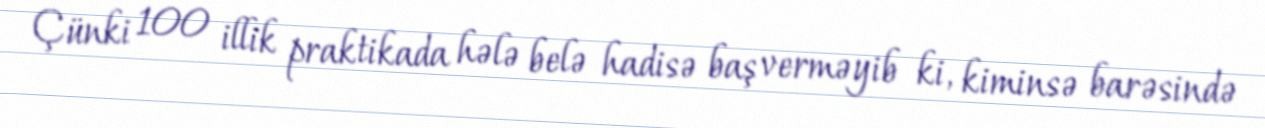
Çünki 100 illik praktikada hələ belə hadisə baş verməyib ki, kiminsə barəsində